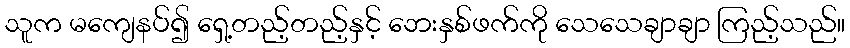
သူက မကျေနပ်၍ ရှေ့တည့်တည့်နှင့် ဘေးနှစ်ဖက်ကို သေသေချာချာ ကြည့်သည်။